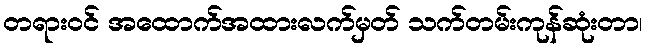
တရားဝင် အထောက်အထားလက်မှတ် သက်တမ်းကုန်ဆုံးတာ၊